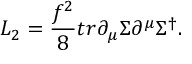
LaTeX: { \cal L } _ { 2 } = { \frac { f ^ { 2 } } { 8 } } t r \partial _ { \mu } \Sigma \partial ^ { \mu } \Sigma ^ { \dagger } .